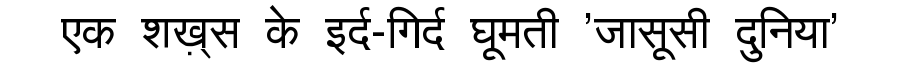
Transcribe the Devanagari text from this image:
एक शख़्स के इर्द-गिर्द घूमती 'जासूसी दुनिया'